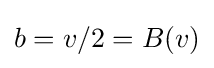
b=v/2=B(v)